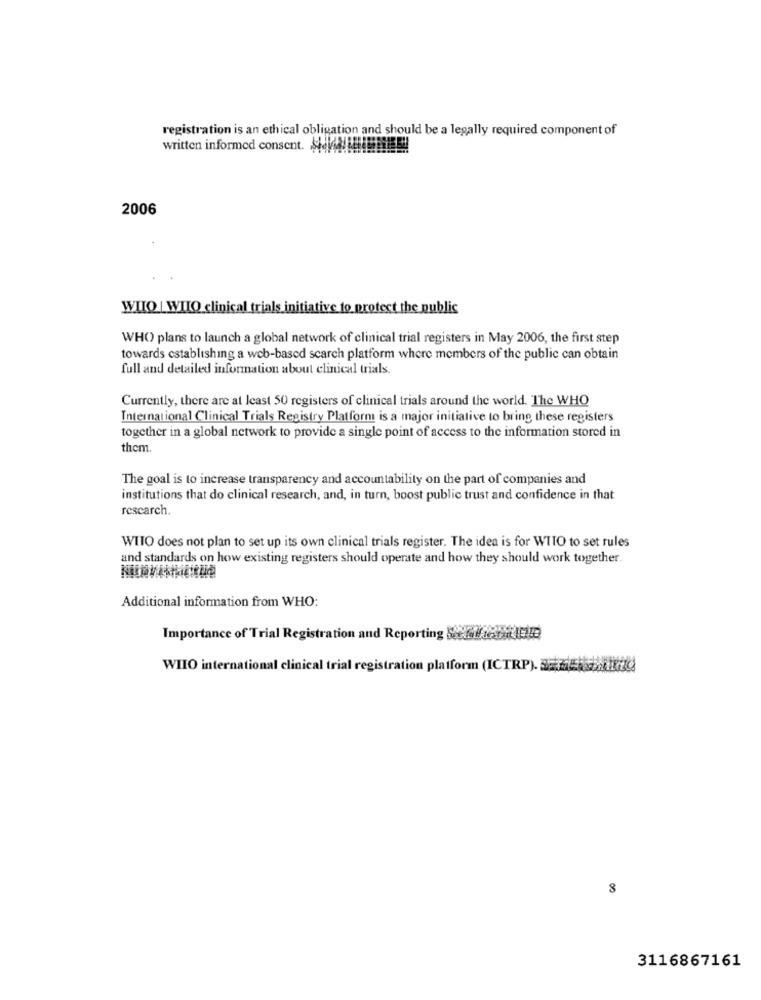
registration is an ethical obligation and should be a legally required component of
written informed consent. $VALERIEEN
2006
WIIO | WIIO clinical trials initiative to protect the public
WHO) plans to launch a global network of clinical trial registers in May 2006, the first step
towards establishing a web-based scarch platform where members of the public can obtain
full and detailed information about clinical trials.
Currently, there are at least 50 registers of clinical trials around the world. The WHO
International Clinical Trials Registry Platform is a major initiative to bring these registers
together in a global network to provide a single point of access to the information stored in
them.
The goal is to increase transparency and accountability on the part of companies and
institutions that do clinical research, and, in turn, boost public trust and confidence in that
rescarch.
WITO does not plan to set up its own clinical trials register. The idea is for WTIO to set rules
and standards on how existing registers should operate and how they should work together.
Additional information from WHO:
Importance of Trial Registration and Reporting Sereffects It
WIIO international clinical trial registration platform (ICTRP). SEMER KU
8
3116867161